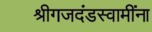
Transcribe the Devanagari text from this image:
श्रीगजदंडस्वामींना